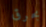
بحرق